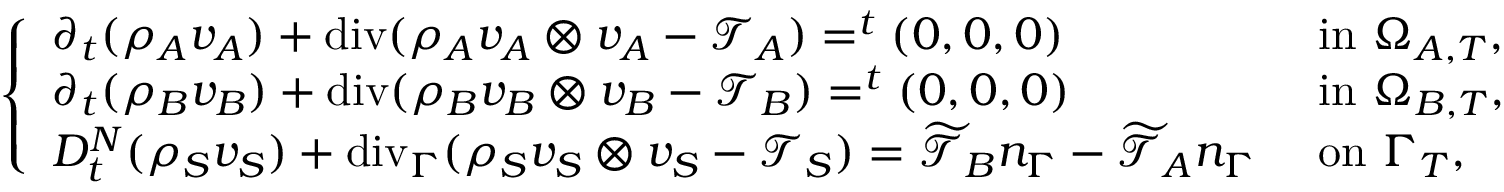
\left\{ \begin{array} { l l } { \partial _ { t } ( \rho _ { A } v _ { A } ) + \mathrm { { d i v } } ( \rho _ { A } v _ { A } \otimes v _ { A } - \mathcal { T } _ { A } ) = ^ { t } ( 0 , 0 , 0 ) } & { \mathrm { ~ i n ~ } \Omega _ { A , T } , } \\ { \partial _ { t } ( \rho _ { B } v _ { B } ) + { \mathrm { d i v } } ( \rho _ { B } v _ { B } \otimes v _ { B } - \mathcal { T } _ { B } ) = ^ { t } ( 0 , 0 , 0 ) } & { \mathrm { ~ i n ~ } \Omega _ { B , T } , } \\ { D _ { t } ^ { N } ( \rho _ { S } v _ { S } ) + \mathrm { { d i v } } _ { \Gamma } ( \rho _ { S } v _ { S } \otimes v _ { S } - \mathcal { T } _ { S } ) = \widetilde { \mathcal { T } } _ { B } n _ { \Gamma } - \widetilde { \mathcal { T } } _ { A } n _ { \Gamma } } & { \mathrm { ~ o n ~ } \Gamma _ { T } , } \end{array} \right.